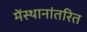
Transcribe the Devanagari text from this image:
मेंस्थानांतरित